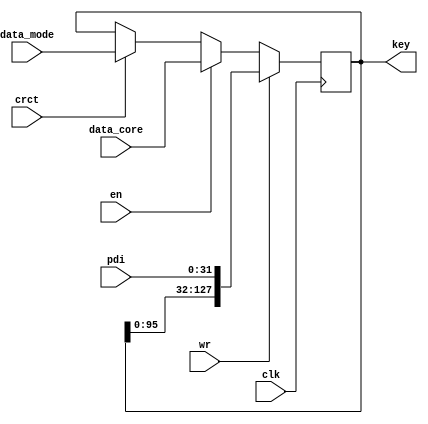
/*
 Designer: Mustafa Khairallah
 Nanyang Technological University
 Singapore
 Date: July, 2021
 */


/*
 This serial to parallel buffer loads the tweak shares,
 rnd keys and corrected keys.
 */

module tweak_serpar (/*AUTOARG*/
   // Outputs
   key,
   // Inputs
   pdi, data_core, data_mode, wr, clk, en, crct
   ) ;
   
   output [127:0] key;
   
   input [31:0]   pdi;
   input [127:0]  data_core, data_mode;
   input 	  wr, clk, en, crct;

   reg [127:0]    bfr;

   assign key = bfr;
   
   always @ (posedge clk) begin
      if (wr) begin
         bfr <= {bfr[128-33:0], 
		 pdi};
      end
      else if (en) begin
         bfr <= data_core;	 
      end
      else if (crct) begin
	 bfr <= data_mode;	 
      end
   end
   
endmodule // key_serpar